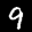
Label: 9